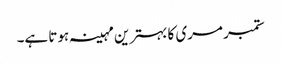
ستمبر مری کا بہترین مہینہ ہوتا ہے۔